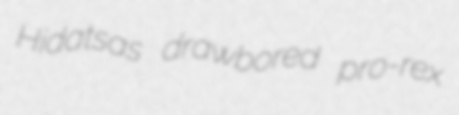
Hidatsas drawbored pro-rex